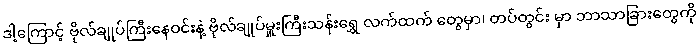
ဒါ့ကြောင့် ဗိုလ်ချုပ်ကြီးနေဝင်းနဲ့ ဗိုလ်ချုပ်မှူးကြီးသန်းရွှေ လက်ထက် တွေမှာ၊ တပ်တွင်း မှာ ဘာသာခြားတွေကို